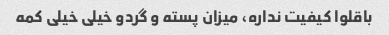
باقلوا کیفیت نداره، میزان پسته و گردو خیلی خیلی کمه